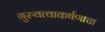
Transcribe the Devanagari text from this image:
गुरुवत्वाकर्षणाचा